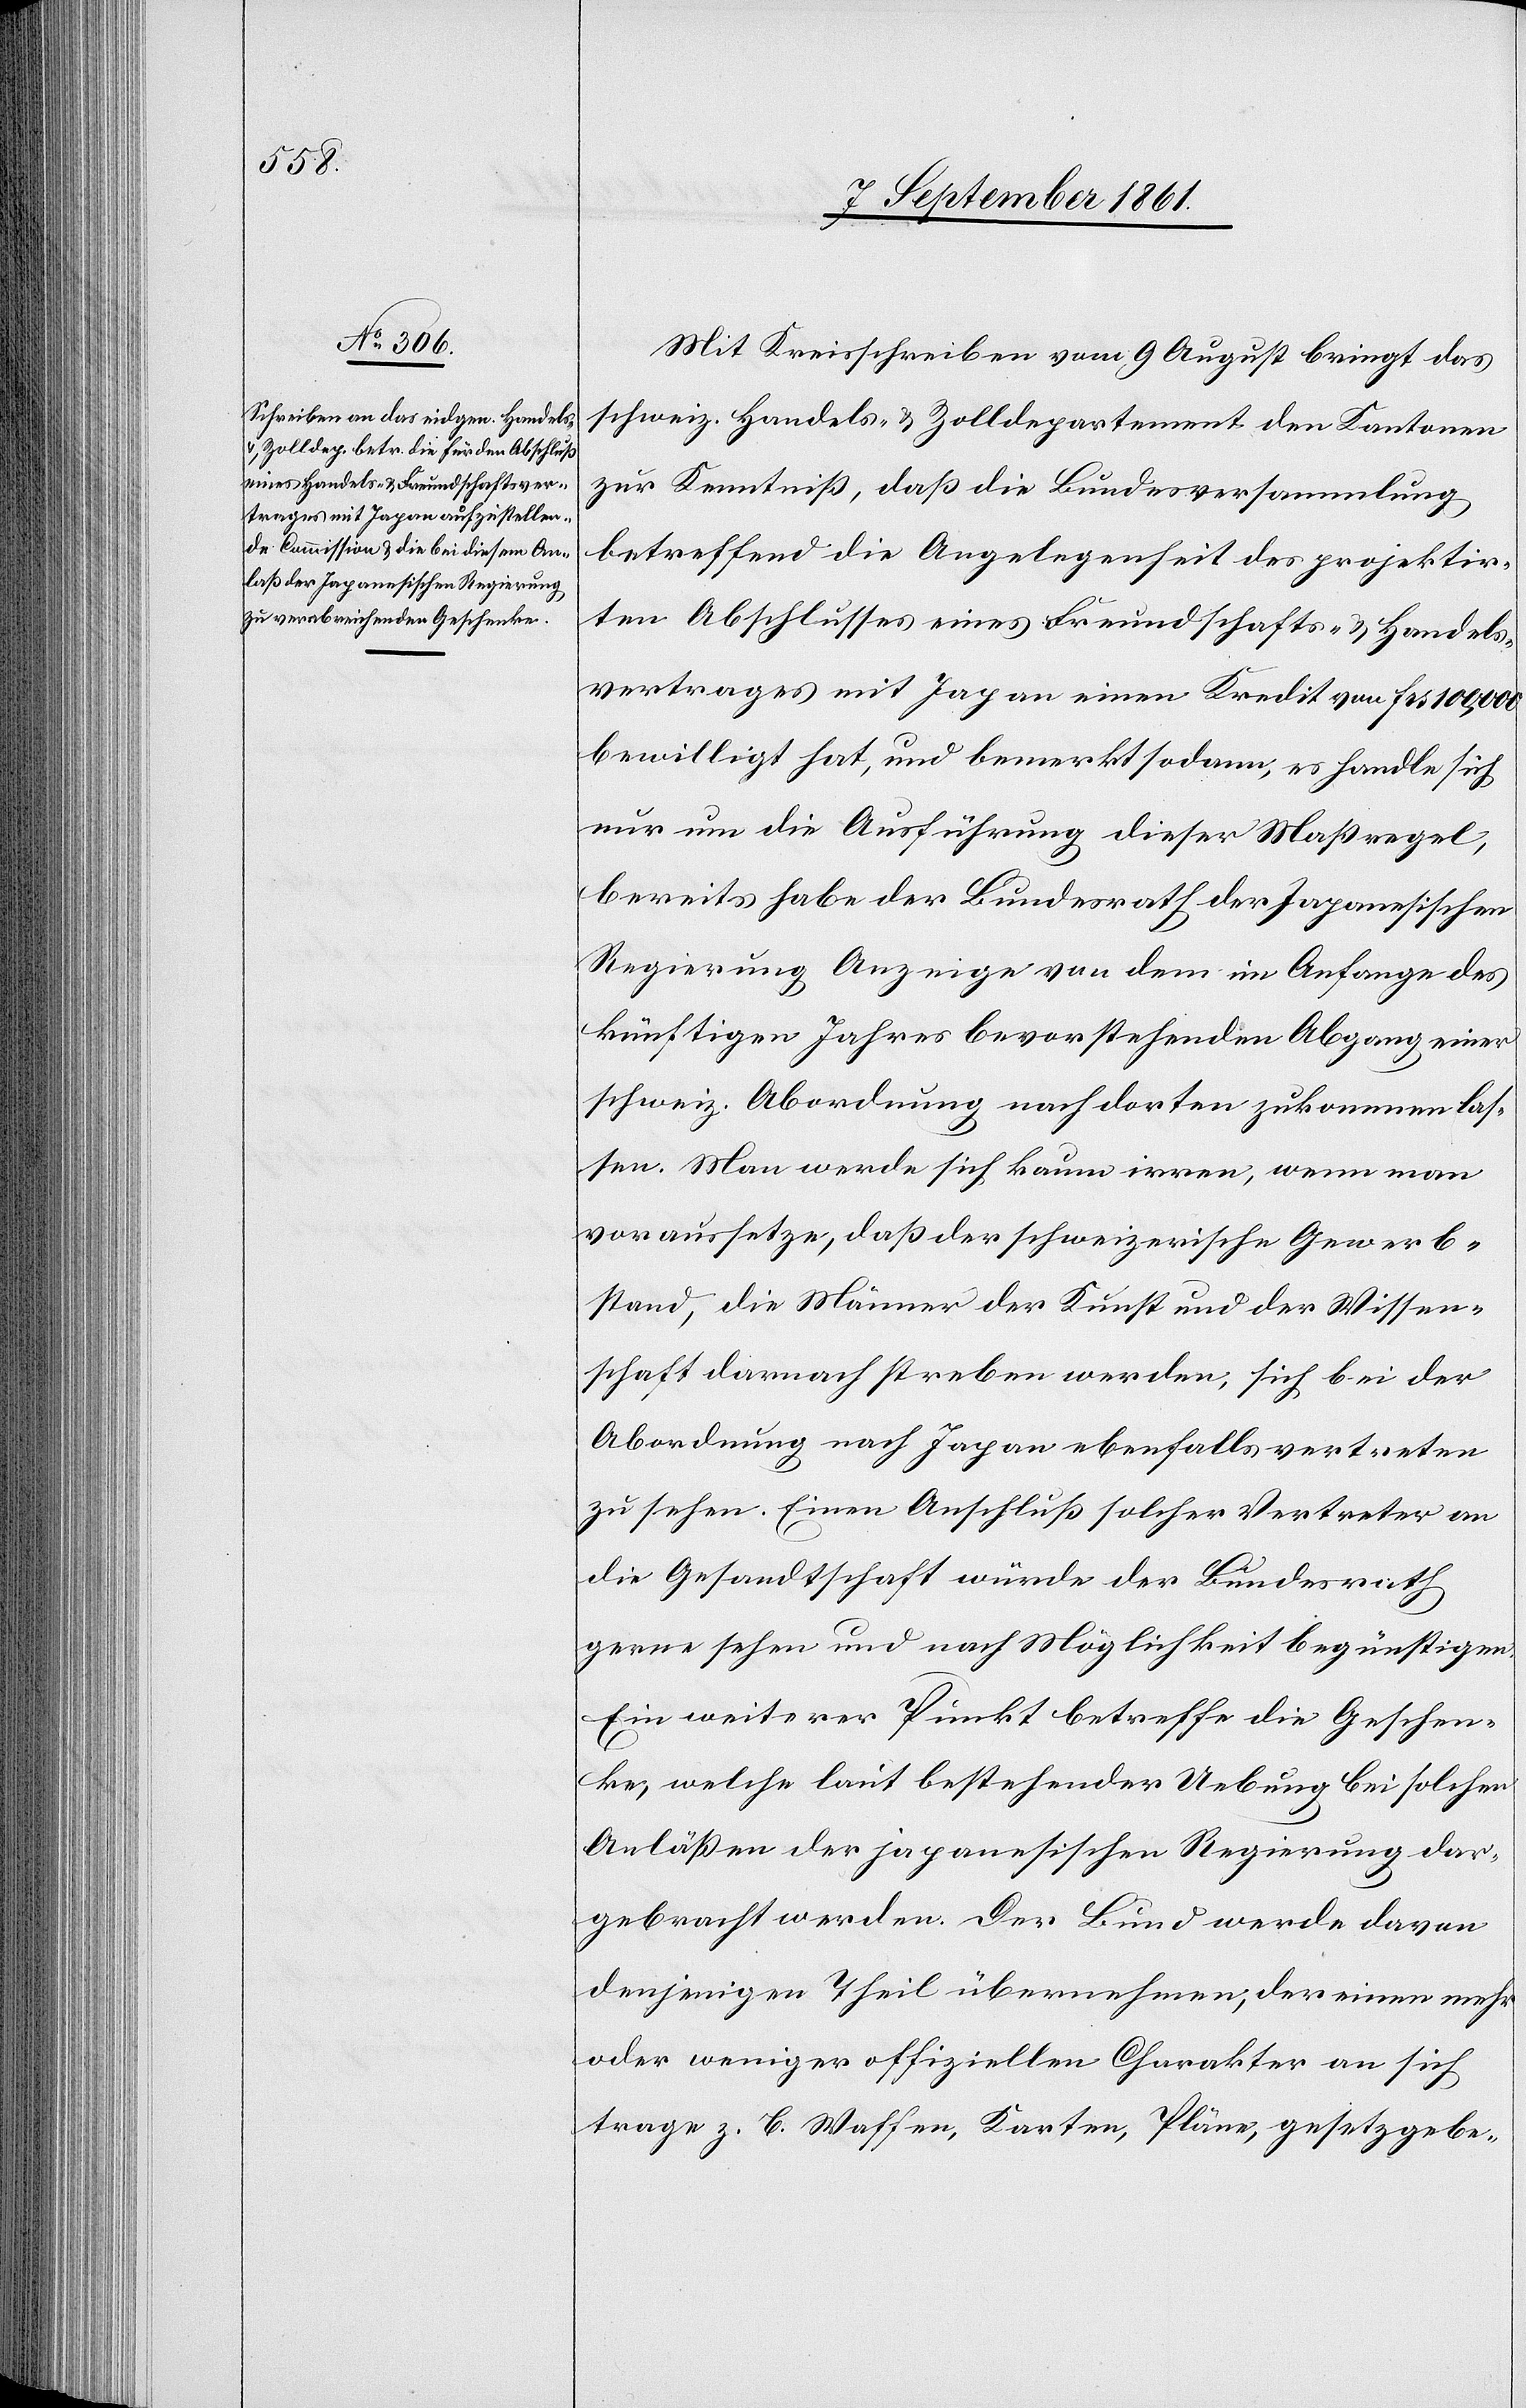
Mit Kreisschreiben vom 9 August bringt das
schweiz. Handels- u. Zolldepartement den Kantonen
zur Kenntniß, daß die Bundesversammlung
betreffend die Angelegenheit des projektir¬
ten Abschlusses eines Freundschafts- u. Handels¬
vertrages mit Japan einen Kredit von frs 100,000
bewilligt hat, und bemerkt sodann, es handle sich
nur um die Ausführung dieser Maßregel,
bereits habe der Bundesrath der Japanischen
Regierung Anzeige von dem im Anfange des
künftigen Jahres bevorstehenden Abgang einer
schweiz. Abordnung nach dorten zukommen las¬
sen. Man werde sich kaum irren, wenn man
voraussetze, daß der schweizerische Gewerb¬
stand, die Männer der Kunst und der Wissen¬
schaft dernach streben werden, sich bei der
Abordnung nach Japan ebenfalls vertreten
zu sehen. Einen Anschluß solcher Vertreter an
die Gesandtschaft würde der Bundesrath
gerne sehen und nach Möglichkeit begünstigen.
Ein weiterer Punkt betreffe die Geschen¬
ke, welche laut bestehender Uebung bei solchen
Anläßen der japanischen Regierung dar¬
gebracht werden. Der Bund werde davon
denjenigen Theil übernehmen, der einen mehr
oder weniger offiziellen Charakter an sich
trage z. B. Waffen, Karten, Pläne, gesetzgebe-